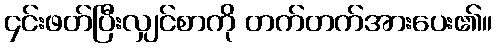
၄င်းဖတ်ပြီးလျှင်စာကို တက်တက်အားပေး၏။